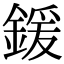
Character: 鍰